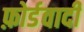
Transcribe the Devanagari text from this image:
फ़ोर्डवादी